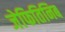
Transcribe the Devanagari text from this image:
जेफितिनिब